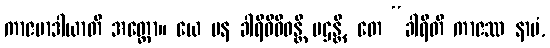
ကာဇမာဒါယာတိ အတ္ထော။ ယေ ပန ခါရိဝိဝိဓန္တိ ပဌန္တိ, တေ “ခါရီတိ ကာဇဿ နာမံ,